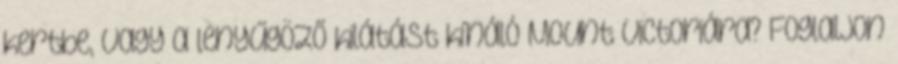
kertbe, vagy a lenyűgöző kilátást kínáló Mount Victoriára? Foglaljon